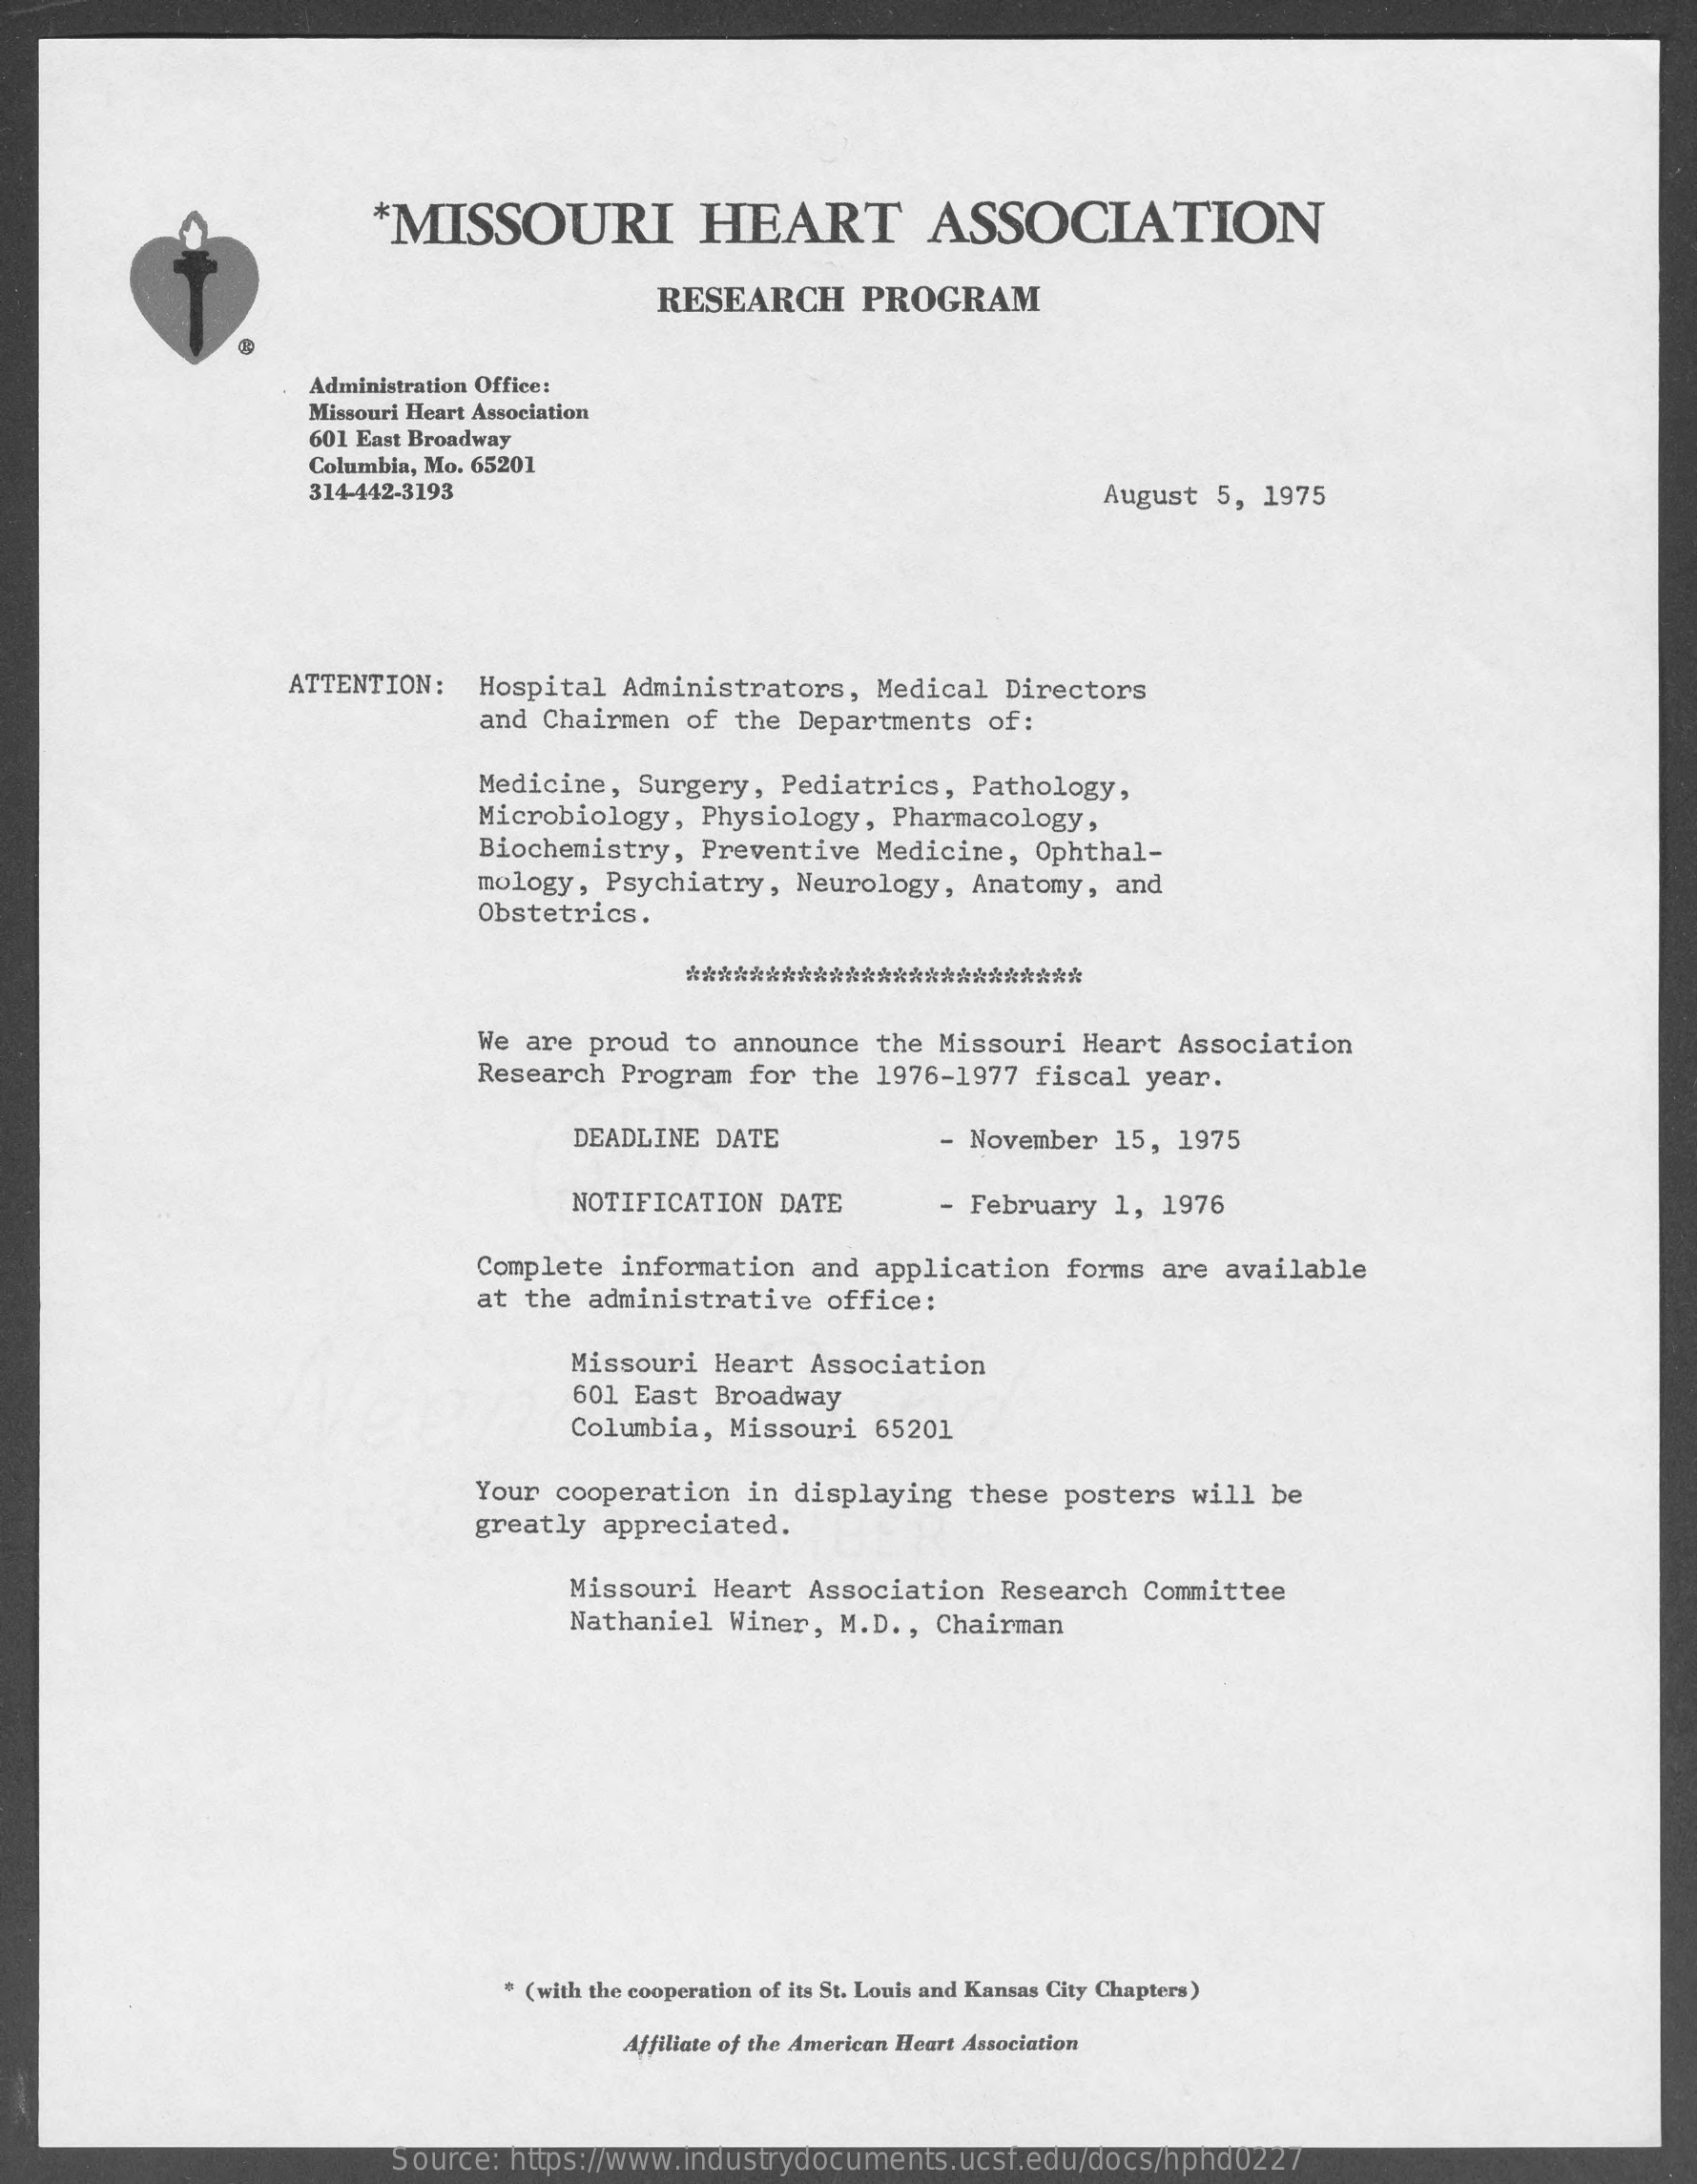
*MISSOURI    HEART    ASSOCIATION
     RESEARCH    PROGRAM
     Administration Office:
     Missouri Heart Association
     601 East Broadway
     Columbia, Mo. 65201
     314-442-3193    August 5, 1975
     ATTENTION:  Hospital Administrators,  Medical Directors
     and Chairmen of  the Departments of:
     Medicine, Surgery,  Pediatrics, Pathology,
     Microbiology, Physiology,  Pharmacology,
     Biochemistry, Preventive  Medicine, Ophthal-
     mology, Psychiatry,  Neurology, Anatomy, and
     Obstetrics.
     ***************************
     We are proud to  announce the Missouri Heart Association
     Research Program  for the 1976-1977 fiscal year.
     DEADLINE DATE    - November 15, 1975
     NOTIFICATION  DATE    - February 1, 1976
     Complete information  and application forms are available
     at the administrative  office:
     Missouri Heart Association
     601 East Broadway
     Columbia, Missouri  65201
     Your cooperation in displaying  these posters will be
     greatly appreciated.
     Missouri Heart Association  Research Committee
     Nathaniel Winer, M.D ., Chairman
     * (with the cooperation of its St. Louis and Kansas City Chapters)
     Affiliate of the American Heart Association
     Source: https://www.industrydocuments.ucsf.edu/docs/hphd0227